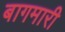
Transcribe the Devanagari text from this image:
बागमारी